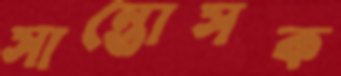
সান্তোসক